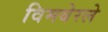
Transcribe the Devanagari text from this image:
विमबेरले